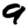
Digit: 9